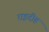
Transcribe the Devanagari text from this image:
राइदीह